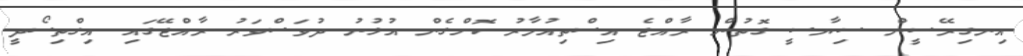
އިނގިރޭސީން ސިޔާސީ ގޮތުން ރާއްޖެ އިސްތިއުމާރު ކޮށްގެން އުޅުނު ދުވަސްވަރު ރާއްޖޭގައި އިގްތިސޯދީ